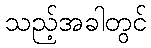
သည့်အခါတွင်